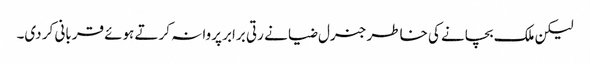
لیکن ملک بچانے کی خاطر جنرل ضیا نے رتی برابر پروا نہ کرتے ہوئے قربانی کر دی۔